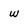
Character: w